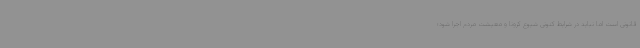
قانونی است اما نباید در شرایط کنونی شیوع کرونا و معیشت مردم اجرا شود؛